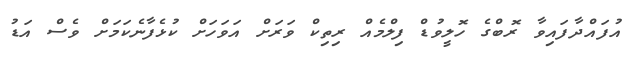
އުފައްދާފައިވާ ރޮބްގެ ހޮލީވުޑް ފިލްމެއް ރިތިކް ވަރަށް އަވަހަށް ކުޅެފާނެކަމަށް ވެސް އަޑު